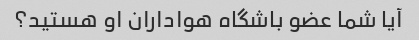
آیا شما عضو باشگاه هواداران او هستید؟